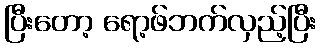
ပြီးတော့ ရော့ဖ်ဘက်လှည့်ပြီး